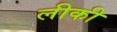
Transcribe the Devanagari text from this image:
लीकी